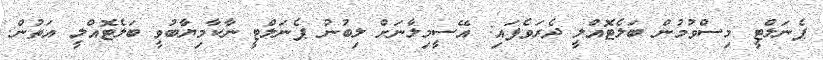
ޕެނަލްޓީ މިސްވުމުން ބަލެޓޮއްލީ ދެރަވެފައި: އޭސީމިލާނަށް ލިބުނު ޕެނަލްޓީ ނާކާމިޔާބުވީ ބަލެޓޮއްލީ އަތުން.